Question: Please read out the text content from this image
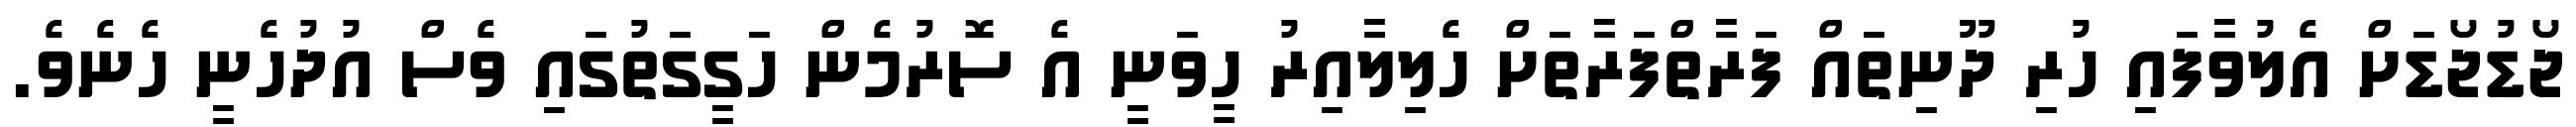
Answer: ޖޯޑުޖޯޑަށް އެލުވާފައި ހުރި ދޫނިތައް ފަރާތްފަރާތަށް ހެލިލާއިރު ހީވަނީ އެ ސޮރުމެން ހަގީގަތުގައި ވެސް އުދުހެނީ ހެނެވެ.